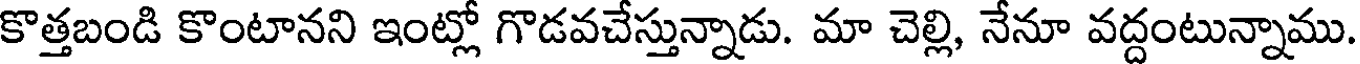
కొత్తబండి కొంటానని ఇంట్లో గొడవచేస్తున్నాడు. మా చెల్లి, నేనూ వద్దంటున్నాము.